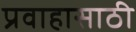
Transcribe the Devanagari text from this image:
प्रवाहासाठी